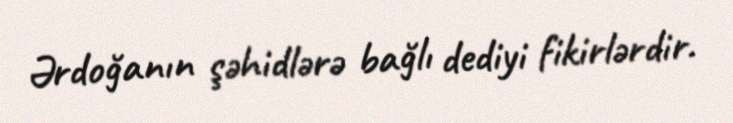
Ərdoğanın şəhidlərə bağlı dediyi fikirlərdir.